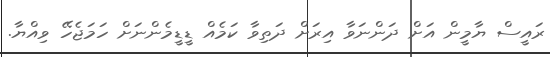
ރައީސް ޔާމީން އަށް ދަންނަވާ އިރަށް ދަތިވާ ކަމެއް ޑީޑީމެންނަށް ހަމަޖެހޭ ވިއްޔާ.